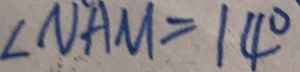
\angle N A M = 1 4 ^ { \circ }